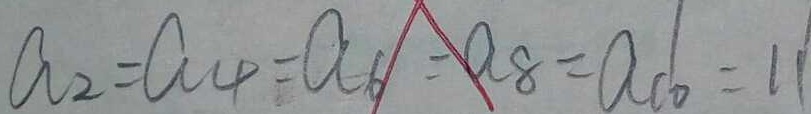
a _ { 2 } = a _ { 4 } = a _ { 6 } = a _ { 8 } = a _ { 1 0 } = 1 1